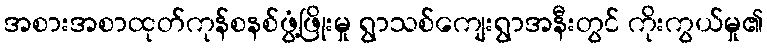
အစားအစာထုတ်ကုန်စနစ်ဖွံ့ဖြိုးမှု ရွာသစ်ကျေးရွာအနီးတွင် ကိုးကွယ်မှု၏